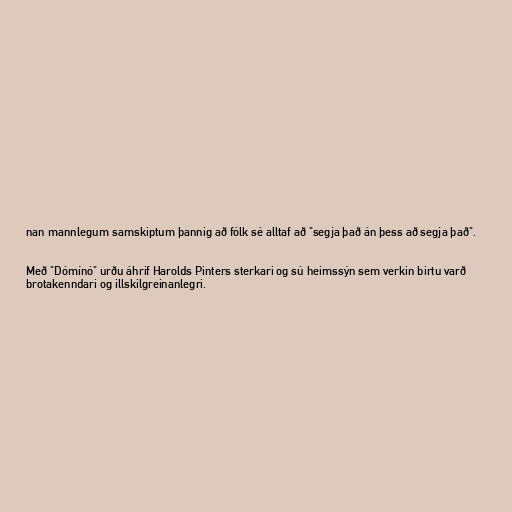
nan mannlegum samskiptum þannig að fólk sé alltaf að "segja það án þess að segja það".

Með "Dómínó" urðu áhrif Harolds Pinters sterkari og sú heimssýn sem verkin birtu varð
brotakenndari og illskilgreinanlegri.